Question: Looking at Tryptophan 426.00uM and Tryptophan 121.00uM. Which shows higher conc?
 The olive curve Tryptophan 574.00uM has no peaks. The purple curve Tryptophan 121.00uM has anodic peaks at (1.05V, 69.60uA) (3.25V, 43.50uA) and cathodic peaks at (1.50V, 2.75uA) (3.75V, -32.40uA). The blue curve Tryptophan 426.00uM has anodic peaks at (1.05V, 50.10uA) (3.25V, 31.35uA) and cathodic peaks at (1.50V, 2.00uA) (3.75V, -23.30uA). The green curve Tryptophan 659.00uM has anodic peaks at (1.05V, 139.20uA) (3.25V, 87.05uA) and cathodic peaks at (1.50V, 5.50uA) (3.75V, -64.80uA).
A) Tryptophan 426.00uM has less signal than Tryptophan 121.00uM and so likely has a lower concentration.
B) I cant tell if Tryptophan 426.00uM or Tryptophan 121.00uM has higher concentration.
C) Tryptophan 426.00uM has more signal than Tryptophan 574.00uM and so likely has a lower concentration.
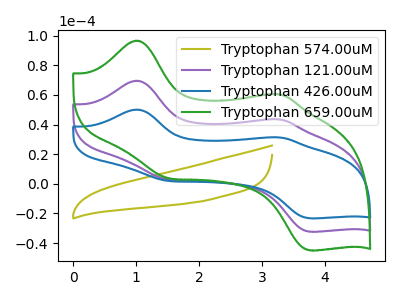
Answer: <think>All the peaks in "Tryptophan 426.00uM" have a peak in "Tryptophan 121.00uM" at the same potential.
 </think>
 <answer>B) I cant tell if "Tryptophan 426.00uM" or "Tryptophan 121.00uM" has higher concentration.</answer>
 <eval>B</eval>